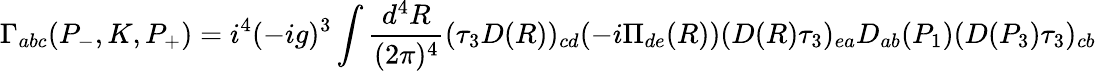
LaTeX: \Gamma_{abc}(P_{-},K,P_{+})=i^{4}(-ig)^{3}\int\frac{d^{4}R}{(2\pi)^{4}}(\tau_{3}D(R))_{cd}(-i\Pi_{de}(R))(D(R)\tau_{3})_{ea}D_{ab}(P_{1})(D(P_{3})\tau_{3})_{cb}